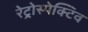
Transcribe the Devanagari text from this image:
रेट्रोस्‍पेक्टिव